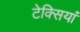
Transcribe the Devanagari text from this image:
टेक्सियां